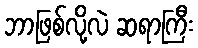
ဘာဖြစ်လို့လဲ ဆရာကြီး